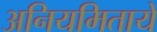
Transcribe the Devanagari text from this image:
अनियमितायें